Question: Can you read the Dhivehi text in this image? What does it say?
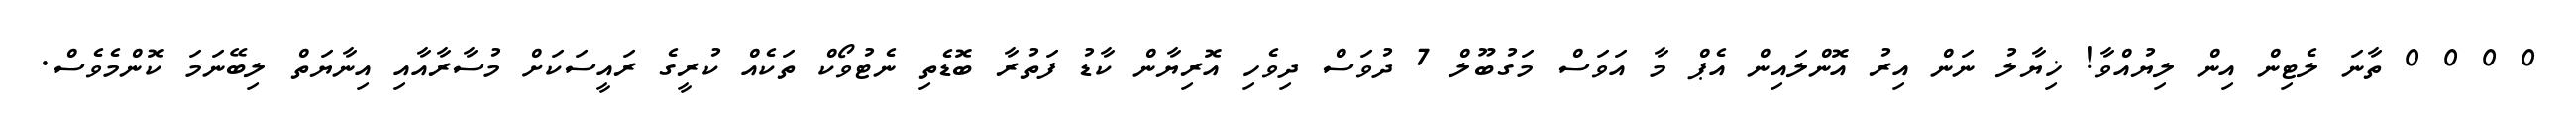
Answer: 0 0 0 0 ތާނަ ލެޓިން އިން ލިޔުއްވާ! ޚިޔާލު ނަން އިރު އޮންލައިން އެޕް މާ އަވަސް މަގުބޫލް 7 ދުވަސް ދިވެހި އޮރިޔާން ކާޑު ފަތުރާ ބޮޑެތި ނެޓުވޯކް ތަކެއް ކުރީގެ ރައީސަކަށް މުސާރާއާއި އިނާޔަތް ލިބޭނަމަ ކޮންމެވެސް.